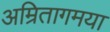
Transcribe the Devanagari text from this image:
अम्रितागमया